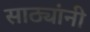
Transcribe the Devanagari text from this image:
साठ्यांनी